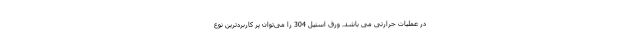
در عملیات حرارتی می باشد. ورق استیل 304 را می‌توان پر کاربردترین نوع